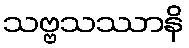
သဗ္ဗသဿာနိ